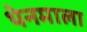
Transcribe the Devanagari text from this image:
थेनमाला